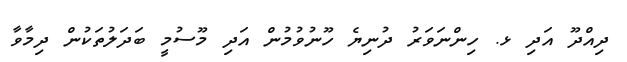
ދިއްދޫ އަދި ޅ. ހިންނަވަރު ދުނިޔެ ހޫނުވުމުން އަދި މޫސުމީ ބަދަލުތަކުން ދިމާވާ